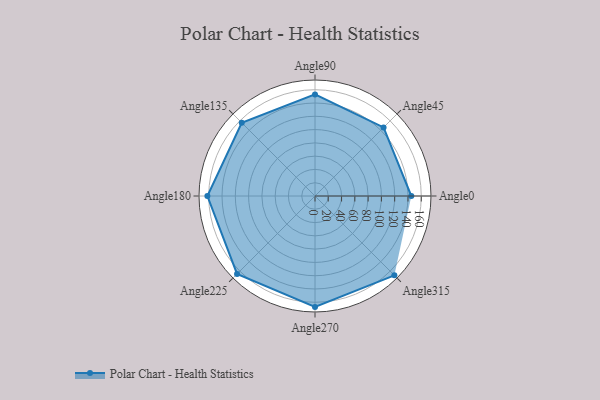
{"axis": {"x": "Angle", "y": "Radius"}, "legend": [""], "data": [{"x": "Angle0", "y": 145.0, "type": ""}, {"x": "Angle45", "y": 146.0, "type": ""}, {"x": "Angle90", "y": 153.0, "type": ""}, {"x": "Angle135", "y": 156.0, "type": ""}, {"x": "Angle180", "y": 162.0, "type": ""}, {"x": "Angle225", "y": 166.0, "type": ""}, {"x": "Angle270", "y": 167.0, "type": ""}, {"x": "Angle315", "y": 169.0, "type": ""}]}